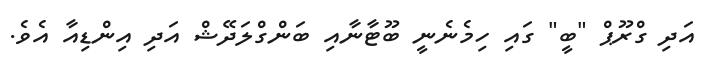
އަދި ގްރޫޕް "ބީ" ގައި ހިމެނެނީ ބޫޓާނާއި ބަންގްލަދޭޝް އަދި އިންޑިއާ އެވެ.